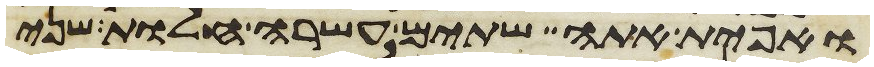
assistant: ואפית אתה שתים עשרה חלות שני